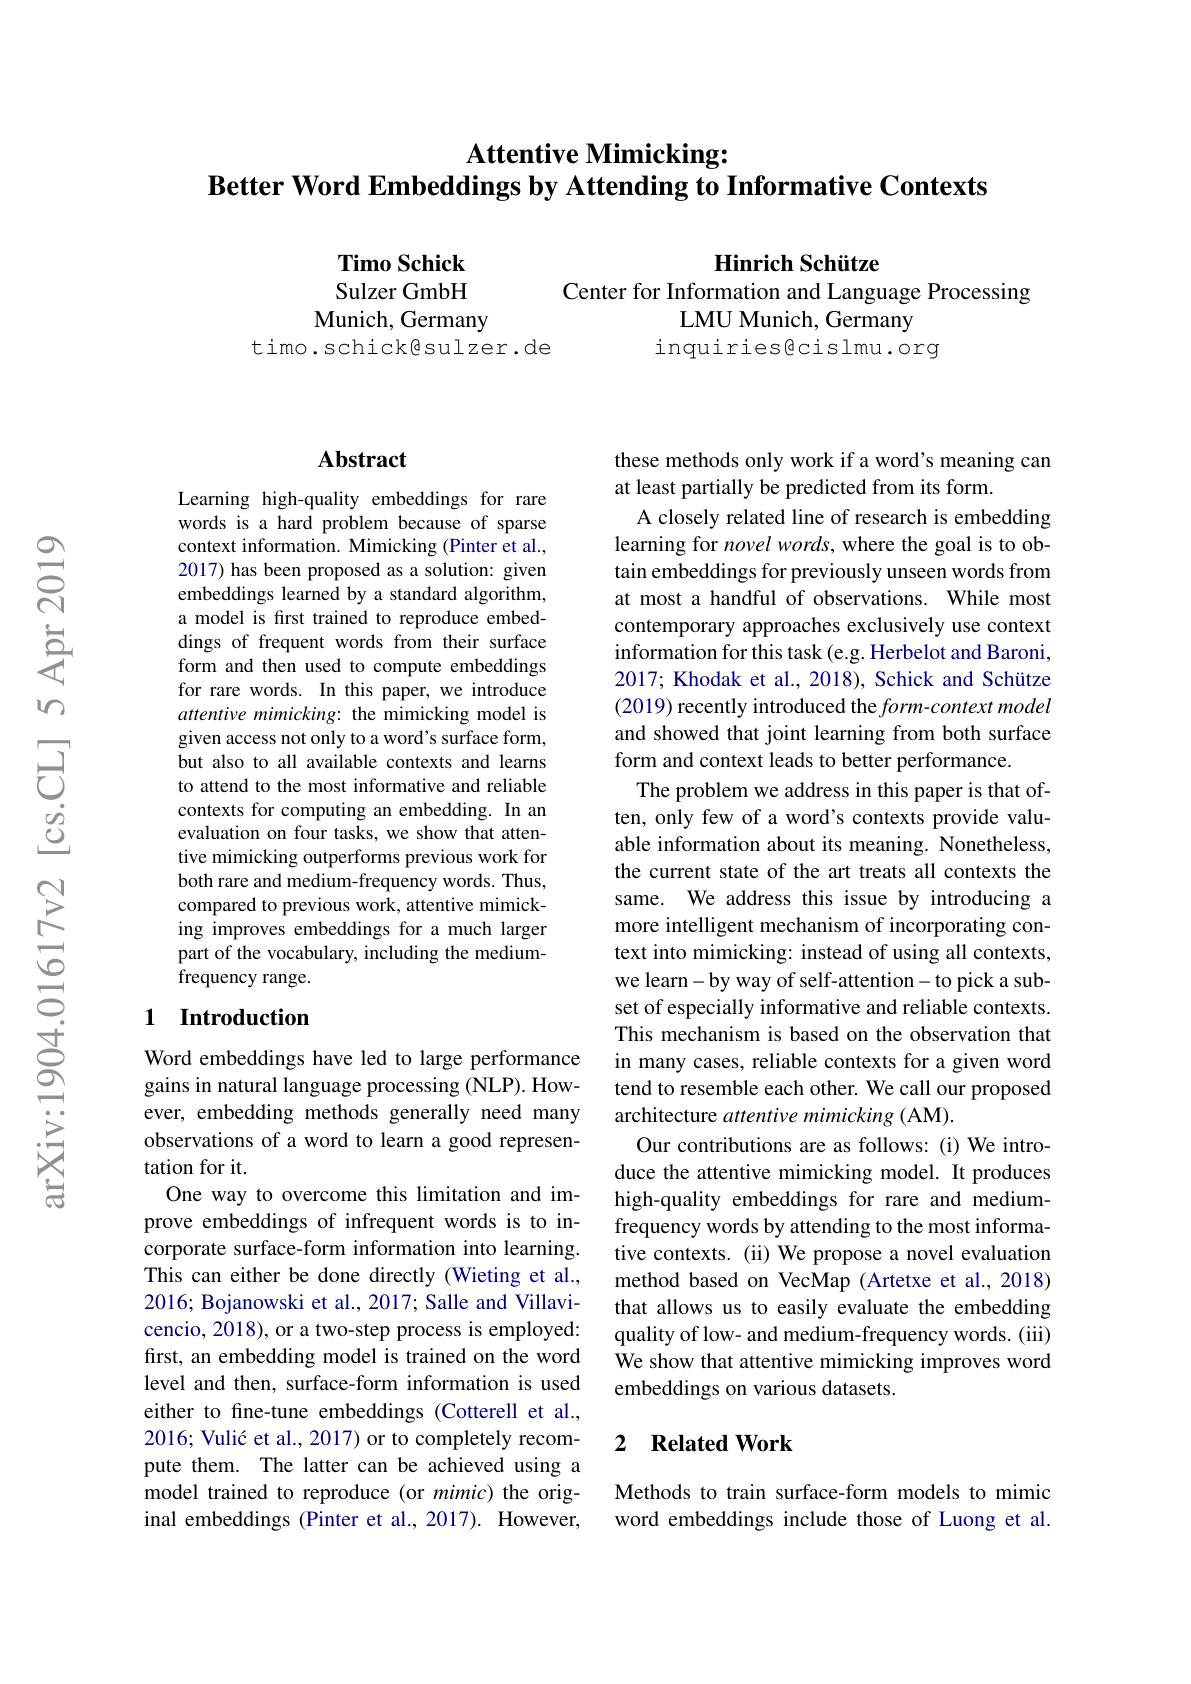
# Attentive Mimicking: $\textbf{Better Word Embeddings by Attending to Informative Contexts}$

Hinrich Schütze
Center for Information and Language Processing

Timo Schick Sulzer GmbH
Munich, Germany
timo.schick@sulzer.de

LMU Munich, Germany
inquiriesêcislmu.org

### Abstract

Learning high-quality embeddings for rare words is a hard problem because of sparse context information. Mimicking (Pinter et al. 2017) has been proposed as a solution: given embeddings learned by a standard algorithm, a model is frst trained to reproduce embeddings of frequent words from their surface form and then used to compute embeddings for rare words. In this paper, we introduce attentive mimicking: the mimicking model is given access not only to a word's surface form, but also to all available contexts and learns to attend to the most informative and reliable contexts for computing an embedding. In an evaluation on four tasks, we show that attentive mimicking outperforms previous work for both rare and medium-frequency words. Thus, compared to previous work, attentive mimicking improves embeddings for a much larger part of the vocabulary, including the mediumfrequency range.

## 1 Introduction

Word embeddings have led to large performance gains in natural language processing (NLP). However, embedding methods generally need many observations of a word to learn a good representation for it.
One way to overcome this limitation and improve embeddings of infrequent words is to incorporate surface-form information into learning. This can either be done directly (Wieting et al., 2016; Bojanowski et al., 2017; Salle and Villavicencio, 2018), or a two-step process is employed: first, an embedding model is trained on the word level and then, surface-form information is used either to fne-tune embeddings (Cotterell et al., 2016; Vulić et al., 2017) or to completely recompute them. The latter can be achieved using a model trained to reproduce (or mimic) the original embeddings (Pinter et al., 2017). However,

these methods only work if a word's meaning can
at least partially be predicted from its form.
A closely related line of research is embedding learning for novel words, where the goal is to obtain embeddings for previously unseen words from at most a handful of observations. While most contemporary approaches exclusively use context information for this task (e.g. Herbelot and Baroni, 2017; Khodak et al., 2018), Schick and Schütze (2019) recently introduced the form-context model and showed that joint learning from both surface form and context leads to better performance.
The problem we address in this paper is that often, only few of a word's contexts provide valuable information about its meaning. Nonetheless, the current state of the art treats all contexts the same. We address this issue by introducing a more intelligent mechanism of incorporating context into mimicking: instead of using all contexts, we learn-by way of self-attention-to pick a subset of especially informative and reliable contexts. This mechanism is based on the observation that in many cases, reliable contexts for a given word tend to resemble each other. We call our proposed architecture attentive mimicking (AM).
Our contributions are as follows: (i) We introduce the attentive mimicking model. It produces high-quality embeddings for rare and mediumfrequency words by attending to the most informative contexts. (ii) We propose a novel evaluation method based on VecMap (Artetxe et al., 2018) that allows us to easily evaluate the embedding quality of low- and medium-frequency words. (iii) We show that attentive mimicking improves word embeddings on various datasets.

### 2 $\textbf{Related Work}$

Methods to train surface-form models to mimic word embeddings include those of Luong et al.